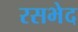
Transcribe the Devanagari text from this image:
रसभेद